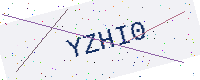
Text: YZHI0